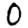
Digit: 0